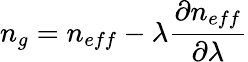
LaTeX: n_{g}=n_{eff}-\lambda\frac{\partial n_{eff}}{\partial\lambda}